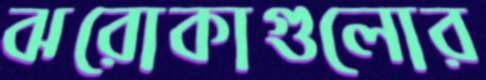
ঝরোকাগুলোর